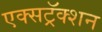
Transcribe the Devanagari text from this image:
एक्सट्रॅक्शन